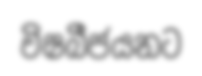
විෂබීජයනට